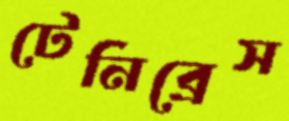
টেনিব্রেস